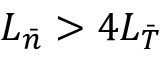
L _ { \bar { n } } > 4 L _ { \bar { T } }